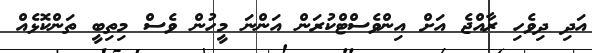
އަދި ދިވެހި ރާއްޖެ އަށް އިންވެސްޓްކުރަން އަންނަ މީހުން ވެސް މިތިބީ ތަންކޮޅެއް